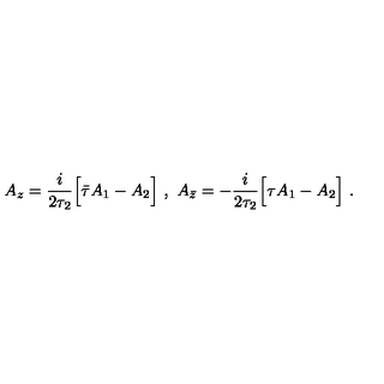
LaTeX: A _ { z } = \frac { i } { 2 \tau _ { 2 } } \Big [ \bar { \tau } A _ { 1 } - A _ { 2 } \Big ] \ , \ A _ { \bar { z } } = - \frac { i } { 2 \tau _ { 2 } } \Big [ \tau A _ { 1 } - A _ { 2 } \Big ] \ .